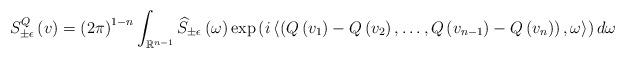
LaTeX: \begin{align*}S_{\pm\epsilon}^{Q}\left(v\right)=\left(2\pi\right)^{1-n}\int_{\mathbb{R}^{n-1}}\widehat{S}_{\pm\epsilon}\left(\omega\right)\exp\left(i\left\langle \left(Q\left(v_{1}\right)-Q\left(v_{2}\right),\dots,Q\left(v_{n-1}\right)-Q\left(v_{n}\right)\right),\omega\right\rangle \right)d\omega\end{align*}